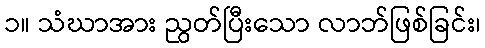
၁။ သံဃာအား ညွတ်ပြီးသော လာဘ်ဖြစ်ခြင်း၊